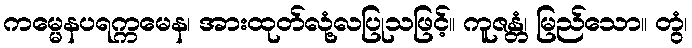
ကမ္မေနပရက္ကမေန၊ အားထုတ်လုံ့လပြုသဖြင့်။ ကူဇန္တံ၊ မြည်သော။ တွံ၊